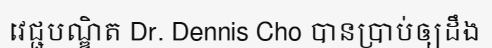
វេជ្ជបណ្ឌិត Dr. Dennis Cho បានប្រាប់ឲ្យដឹង